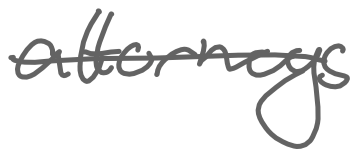
Text: attorneys
Cross-out: single-line
Writing tool: digital_gray